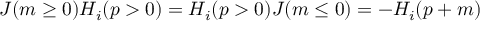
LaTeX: J ( m \ge 0 ) H _ { i } ( p > 0 ) = H _ { i } ( p > 0 ) J ( m \le 0 ) = - H _ { i } ( p + m )